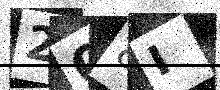
Text: 208I